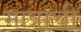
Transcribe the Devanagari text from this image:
मात्राची